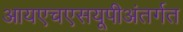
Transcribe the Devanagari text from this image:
आयएचएसयूपीअंतर्गत